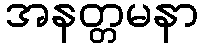
အနတ္တမနာ